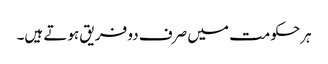
ہرحکومت میں صرف دو فریق ہوتے ہیں۔